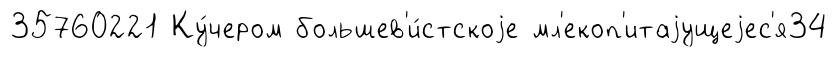
35760221 Ку́чером большев'и́стскоjе мл'екоп'итаjущеjес'я34